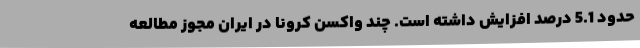
حدود 5.1 درصد افزایش داشته است. چند واکسن کرونا در ایران مجوز مطالعه